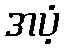
အပံ့